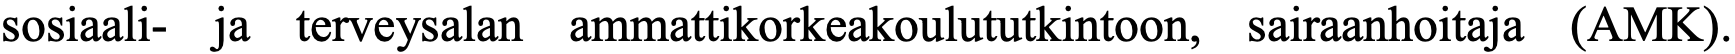
sosiaali- ja terveysalan ammattikorkeakoulututkintoon, sairaanhoitaja (AMK).